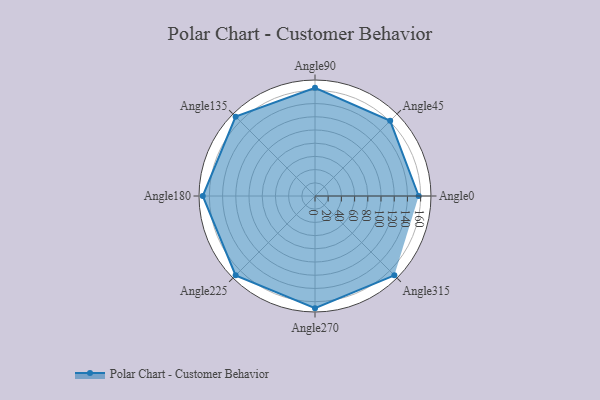
{"axis": {"x": "Angle", "y": "Radius"}, "legend": [""], "data": [{"x": "Angle0", "y": 157.0, "type": ""}, {"x": "Angle45", "y": 161.0, "type": ""}, {"x": "Angle90", "y": 164.0, "type": ""}, {"x": "Angle135", "y": 170.0, "type": ""}, {"x": "Angle180", "y": 170, "type": ""}, {"x": "Angle225", "y": 170, "type": ""}, {"x": "Angle270", "y": 170, "type": ""}, {"x": "Angle315", "y": 170, "type": ""}]}